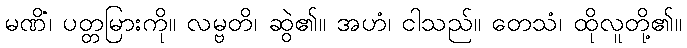
မဏိံ၊ ပတ္တမြားကို။ လမ္ဗတိ၊ ဆွဲ၏။ အဟံ၊ ငါသည်။ တေသံ၊ ထိုလူတို့၏။